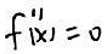
$f^{\prime \prime}(x)=0$